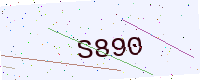
Text: S890